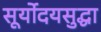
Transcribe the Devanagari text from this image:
सूर्योदयसुद्धा